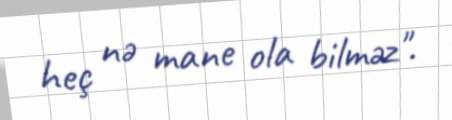
heç nə mane ola bilməz".